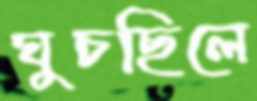
ঘুচছিলে